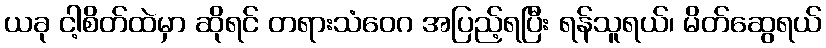
ယခု ငါ့စိတ်ထဲမှာ ဆိုရင် တရားသံဝေဂ အပြည့်ရပြီး ရန်သူရယ်၊ မိတ်ဆွေရယ်